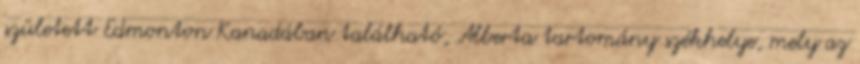
született Edmonton Kanadában található, Alberta tartomány székhelye, mely az